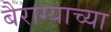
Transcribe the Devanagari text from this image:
बैराग्याच्या